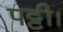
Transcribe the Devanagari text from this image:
पट्टी।